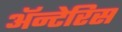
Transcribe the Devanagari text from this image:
अॅन्टेरिस